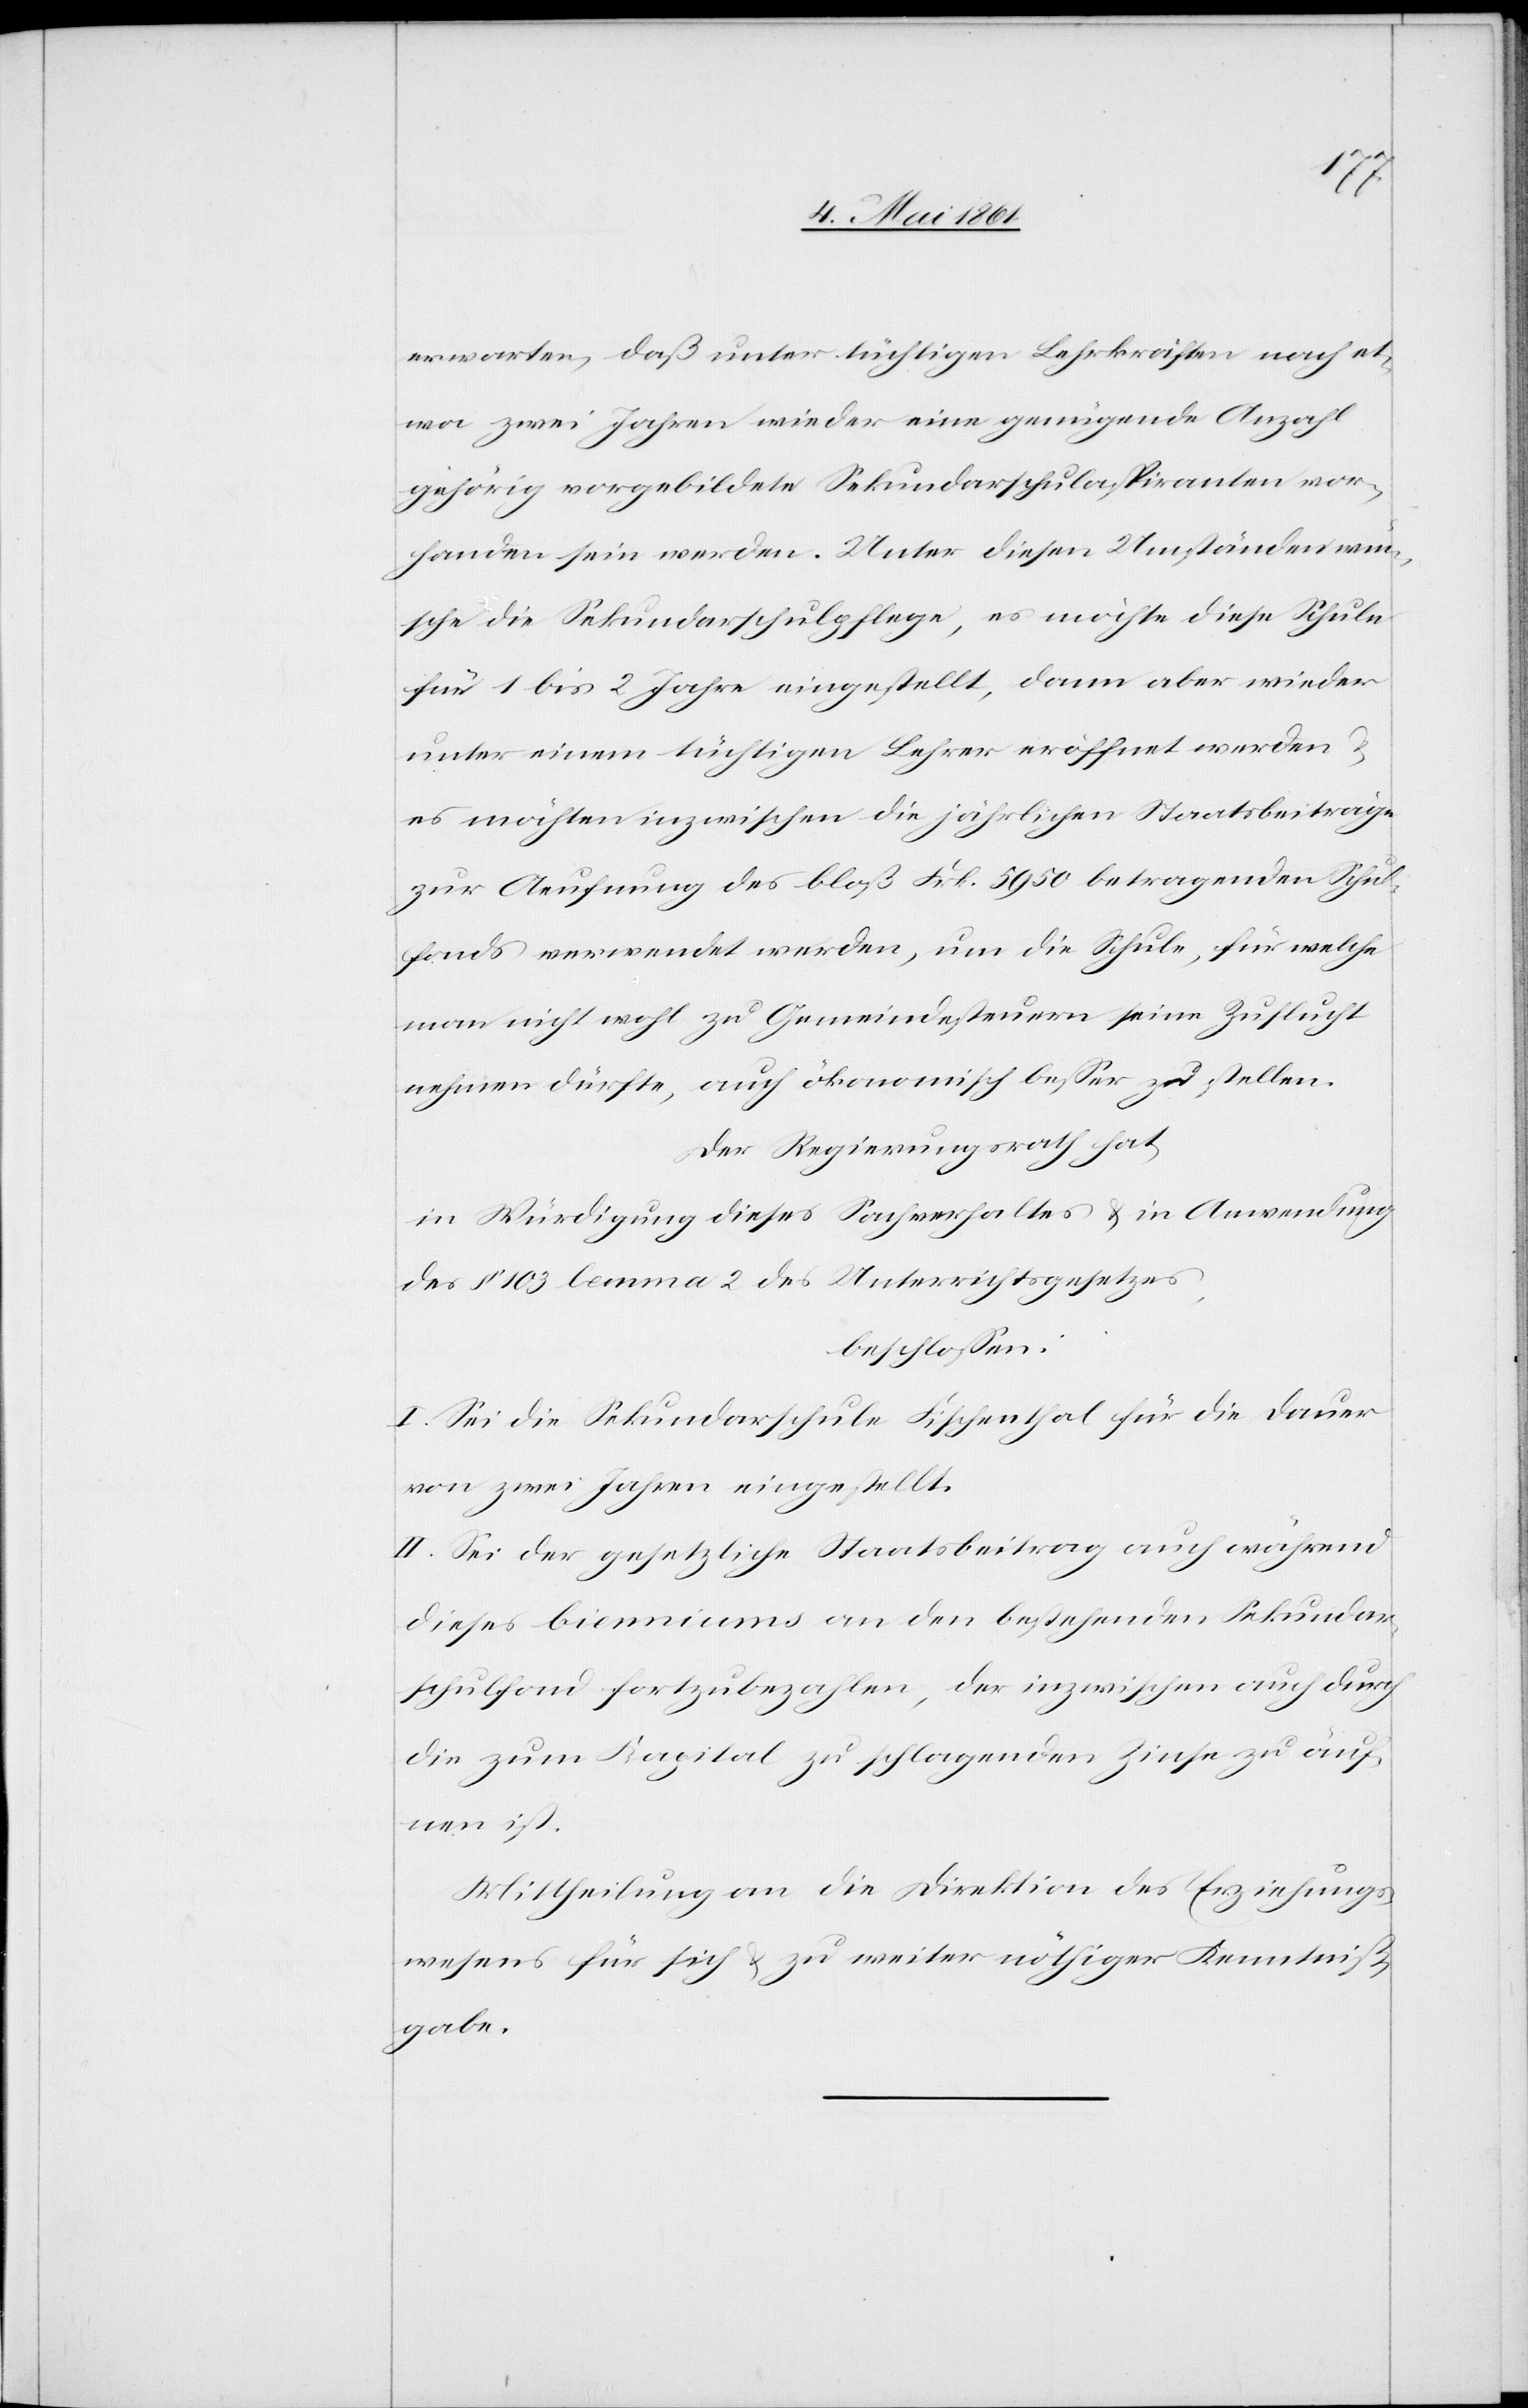
erwarten, daß unter tüchtigen Lehrkräften nach et¬
wa zwei Jahren wieder eine genügende Anzahl
gehörig vorgebildete Sekundarschulaspiranten vor¬
handen sein werden. Unter diesen Umständen wün¬
sche die Sekundarschulpflege, es möchte diese Schule
für 1 bis 2 Jahre eingestellt, dann aber wieder
unter einem tüchtigen Lehrer eröffnet werden u.
es möchten inzwischen die jährlichen Staatsbeiträge
zur Aeufnung des bloß Frk. 5950 betragenden Schul¬
fonds verwendet werden, um die Schule, für welche
man nicht wohl zu Gemeindesteuern seine Zuflucht
nehmen dürfte, auch ökonomisch besser zu stellen.
Der Regierungsrath hat
in Würdigung dieses Sachverhaltes u. in Anwendung
des § 103 lemma 2 des Unterrichtsgesetzes,
beschlossen:
I. Sei die Sekundarschule Fischenthal für die Dauer
von zwei Jahren eingestellt.
II. Sei der gesetzliche Staatsbeitrag auch während
dieses Bicenniums an den bestehenden Sekundar¬
schulfond fortzubezahlen, der inzwischen auch durch
die zum Kapital zu schlagenden Zinse zu äuf¬
nen ist.
Mittheilung an die Direktion des Erziehungs¬
wesens für sich u. zu weiter nöthiger Kenntniß¬
gabe.